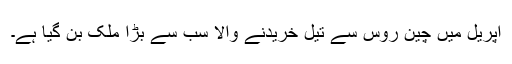
اپریل میں چین روس سے تیل خریدنے والا سب سے بڑا ملک بن گیا ہے۔